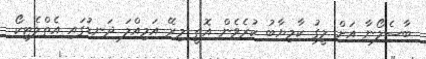
ބާސެލޯނާ އަށް ލީގު ކާމިޔާބު ކުރެވެން އޮތީ މިރޭ އަމިއްލަ ދަނޑުގައި އެތްލެޓިކޯ